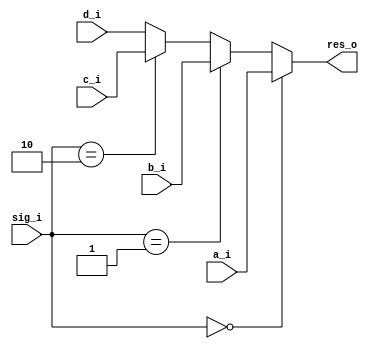
module mux4_1(
	input [7:0] a_i,		// Input A
	input [7:0] b_i,		// Input B
	input [7:0] c_i,		// Input C
	input [7:0] d_i,		// Input d
	input [1:0] sig_i,	// 2 Bit Selector
	output [7:0] res_o);	// Output result
	

assign res_o = (sig_i == 0) ? a_i : (sig_i == 1) ? b_i : (sig_i == 2) ? c_i : d_i;

endmodule